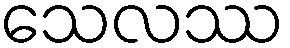
သေလဿ